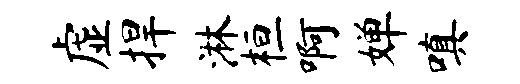
虚捍淋桓啊婵嗔